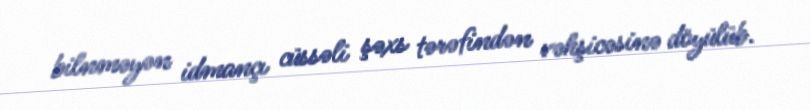
bilnməyən idmançı cüssəli şəxs tərəfindən vəhşicəsinə döyülüb.